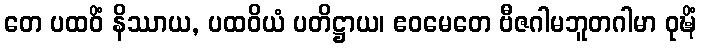
တေ ပထဝိံ နိဿာယ, ပထဝိယံ ပတိဋ္ဌာယ၊ ဧဝမေတေ ဗီဇဂါမဘူတဂါမာ ဝုဍ္ဎိံ